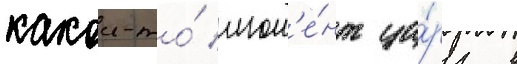
какои-то́ мом'е́нт ца́рь в